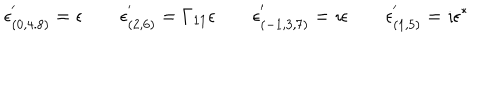
\epsilon _ { ( 0 , 4 . 8 ) } ^ { ' } = \epsilon \qquad \epsilon _ { ( 2 , 6 ) } ^ { ' } = \Gamma _ { 1 1 } \epsilon \qquad \epsilon _ { ( - 1 , 3 , 7 ) } ^ { ' } = \imath \epsilon \qquad \epsilon _ { ( 1 , 5 ) } ^ { ' } = \imath \epsilon ^ { \ast }